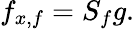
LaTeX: f_{x,f}=S_{f}g.